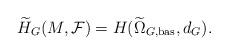
LaTeX: \begin{align*}\widetilde{H}_{G}(M,\mathcal{F})= H(\widetilde{\Omega}_{G,\textmd{bas}}, d_G).\end{align*}